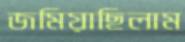
জমিয়াছিলাম